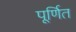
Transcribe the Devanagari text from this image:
पूर्णित